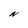
Character: N